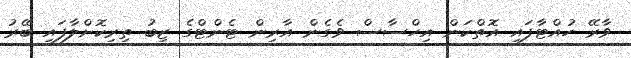
ވާރޭ ހުއްޓާފައި އޮތްކަން އިހްސާސް ވެގެން އާރިން ޓެންޓްގެ ޒިބު ތިރިކޮށްލާފައި ބޭރު